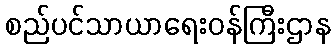
စည်ပင်သာယာရေးဝန်ကြီးဌာန